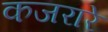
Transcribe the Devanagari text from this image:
कजरारे